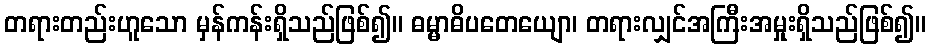
တရားတည်းဟူသော မှန်ကန်းရှိသည်ဖြစ်၍။ ဓမ္မာဓိပတေယျော၊ တရားလျှင်အကြီးအမှုးရှိသည်ဖြစ်၍။